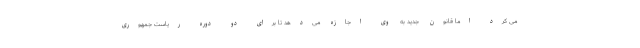
می کرد اما قانون جدید به وی اجازه می‌دهد تا برای دو دوره ریاست جمهوری